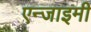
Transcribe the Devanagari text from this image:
एन्जाइमी